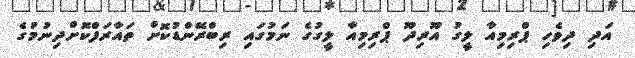
އަދި ދިވެހި ޕްރިމިއާ ލީގު އޫރިދޫ ޕްރިމިއާ ލީގުގެ ނަމުގައި ރިބްރޭންޑުކޮށް ތައާރަފްކޮށްދިނުމުގެ